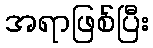
အရာဖြစ်ပြီး